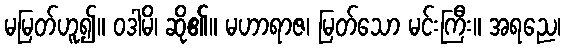
မမြတ်ဟူ၍။ ဝဒါမိ၊ ဆို၏။ မဟာရာဇ၊ မြတ်သော မင်းကြီး။ အရညေ၊